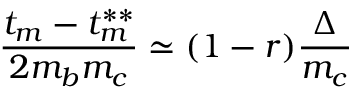
{ \frac { t _ { m } - t _ { m } ^ { * * } } { 2 m _ { b } m _ { c } } } \simeq ( 1 - r ) { \frac { \Delta } { m _ { c } } }